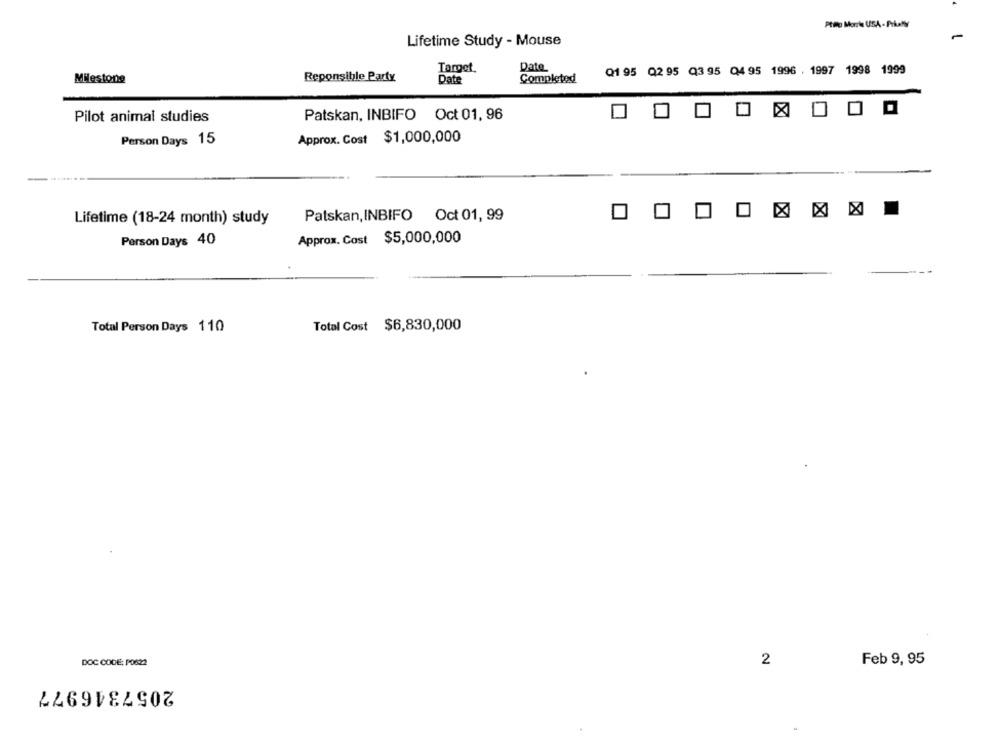
Ptilo Morte USA- PIKAN
Lifetime Study - Mouse
Date
Target.
Q1 95 Q2 95 Q3 95 0,4 95 1996 . 1997 1998 1999
Milestone
Reponsible Party
Date
Completed
Pilot animal studies
Patskan, INBIFO Oct 01, 96
Person Days 15
Approx. Cost $1,000,000
Lifetime (18-24 month) study
Patskan, INBIFO Oct 01, 99
Person Days 40
Approx. Cost $5,000,000
Total Cost $6,830,000
Total Person Days 110
Feb 9, 95
DOC CODE: PO622
2
2057346977